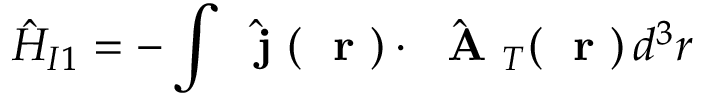
\hat { H } _ { I 1 } = - \int \hat { \mathrm { ~ \bf ~ j ~ } } ( \mathrm { ~ \bf ~ r ~ } ) \cdot \hat { \mathrm { ~ \bf ~ A ~ } } _ { T } ( \mathrm { ~ \bf ~ r ~ } ) \, d ^ { 3 } r